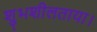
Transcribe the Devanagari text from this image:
शुभशीलताया।